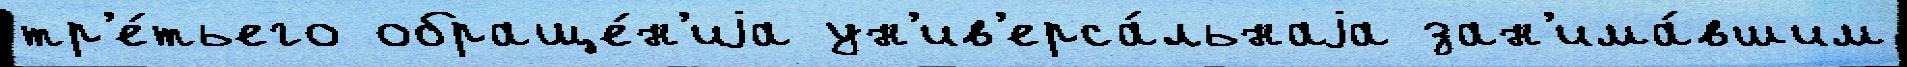
тр'е́тьего обраще́н'иjа ун'ив'ерса́льнаjа зан'има́вшим